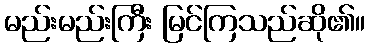
မည်းမည်းကြီး မြင်ကြသည်ဆို၏။